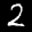
Label: 2